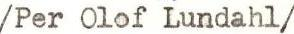
/Per Olof Lundahl/